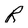
Character: R